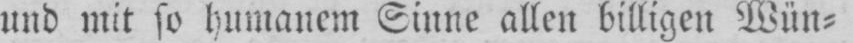
und mit so humanem Sinne allen billigen Wün⸗